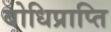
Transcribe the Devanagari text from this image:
बोधिप्राप्ति